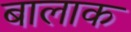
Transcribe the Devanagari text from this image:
बालाक